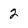
Character: 2